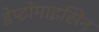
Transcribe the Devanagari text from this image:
डेप्टोमाइसिन